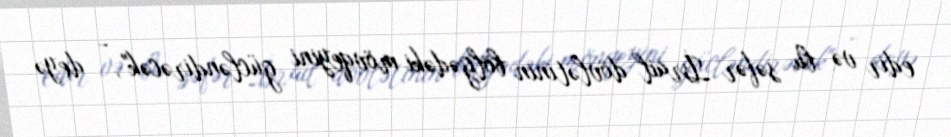
edir və bu səfər İsrail dövlətinin bölgədəki mövqeyini gücləndirəcək", - deyə